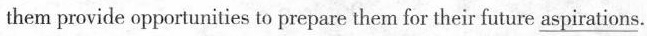
them provide opportunities to prepare them for their future \underline{aspirations} .